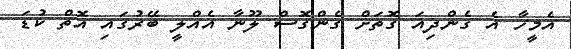
އެމީހާ އެ ގެންދިއަ ގޮތަށް ގެންގޮސް ލޫނާ އެއްލީ ބޭރުގައި އޮތް ކުޑަ